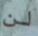
لن